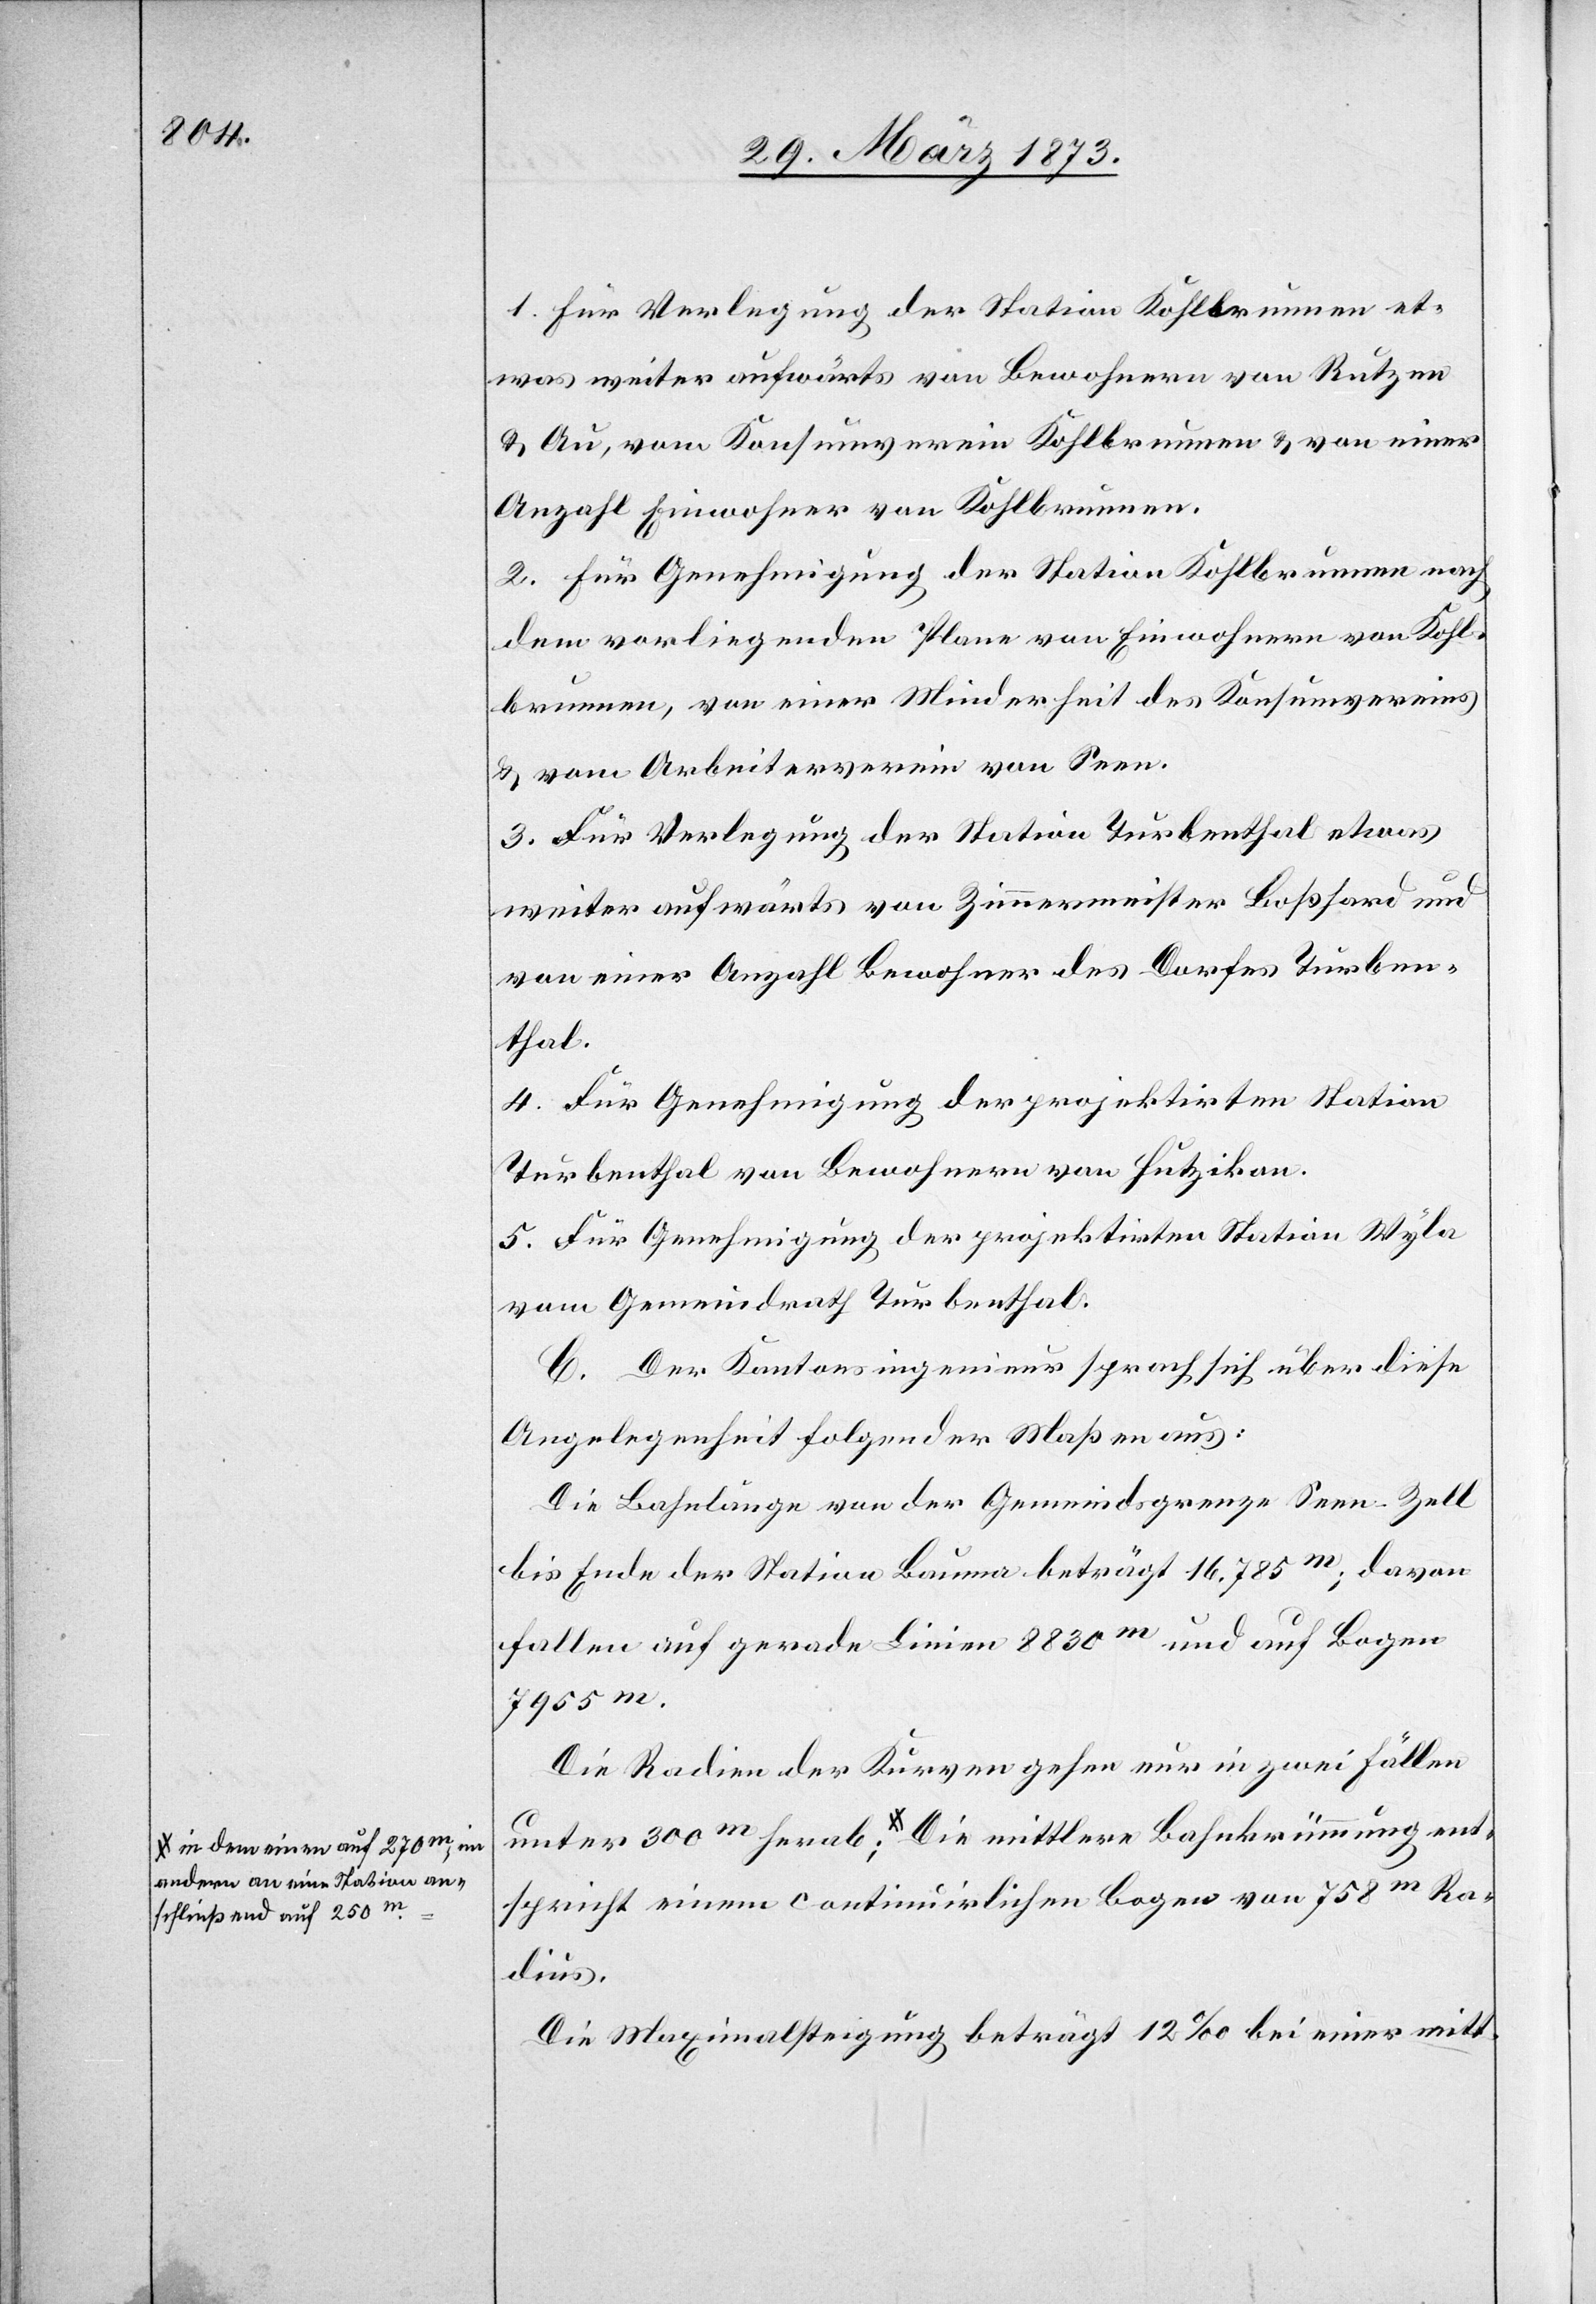
a-in dem einen auf 270m, im
andern an eine Station an¬
schließend auf 250m.-a

1. Für Verlegung der Station Kohlbrunnen et¬
was weiter aufwärts von Bewohnern von Rutzen
u. Au, vom Konsumverein Kohlbrunnen u. von einer
Anzahl Einwohner von Kohlbrunnen.
2. Für Genehmigung der Station Kohlbrunnen nach
dem vorliegenden Plane von Einwohnern von Kohl¬
brunnen, von einer Minderheit des Konsumvereins
u. vom Arbeiterverein von Seen.
3. Für Verlegung der Station Turbenthal etwas
weiter aufwärts von Zimmermeister Boßhard und
von einer Anzahl Bewohner des Dorfes Turben¬
thal.
4. Für Genehmigung der projektirten Station
Turbenthal von Bewohnern von Hutzikon.
5. Für Genehmigung der projektirten Station Wyla
vom Gemeindrath Turbenthal.
C. Der Kantonsingenieur sprach sich über diese
Angelegenheit folgender Maßen aus:
Die Bahnlänge von der Gemeindsgrenze Seen-Zell
bis Ende der Station Bauma beträgt 16,785m; davon
fallen auf gerade Linien 8830m und auf Bogen
7965m.
Die Radien der Kurven gehen nur in zwei Fällen
ent¬
spricht einem continuirlichen Bogen von 758m Ra¬
dius.
Die Maximalsteigung beträgt 12‰ bei einer mitt-